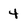
Character: 4